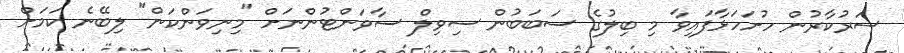
ސަރުކާރުން ހުށަހަޅާފައިވާ މި ބިލުގެ ސަބަބުން ސިވިލް ސާވަންޓުންނަށް "މިނިވަންކަން" ލިބޭނެ ކަމަށް